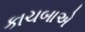
કાચબાએ